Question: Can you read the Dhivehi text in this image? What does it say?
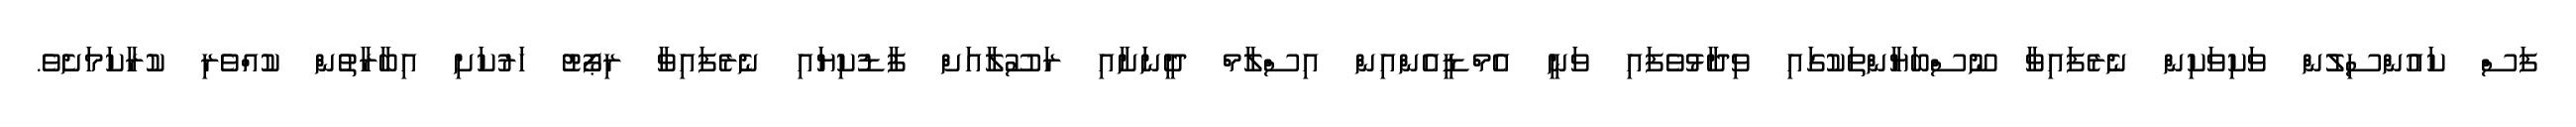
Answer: ފަސް ކައުންސިލުން ވަކިވަކިން ނެރެފައިވާ ނޫސްބަޔާންތަކުގައި ވިދާޅުވެފައި ވަނީ އެމްޑީއެންއިން އިސްލާމް ދީނަށާއި ރަސޫލާއަށް ފާޑުކިޔައި ނެރެފައިވާ ރިޕޯޓު ހަރުކަށި އިބާރާތުން ކުއްވެރި ކުރާކަމަށެވެ.